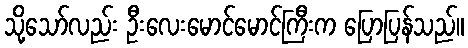
သို့သော်လည်း ဦးလေးမောင်မောင်ကြီးက ပြောပြန်သည်။